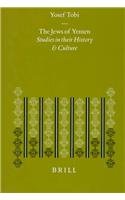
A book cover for The Jews of Yemen: Studies in Their History and Culture (Etudes Sur Le Judaisme Medieval); Joseph Tobi; History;